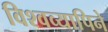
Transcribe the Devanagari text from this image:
विश्वव्यापिने